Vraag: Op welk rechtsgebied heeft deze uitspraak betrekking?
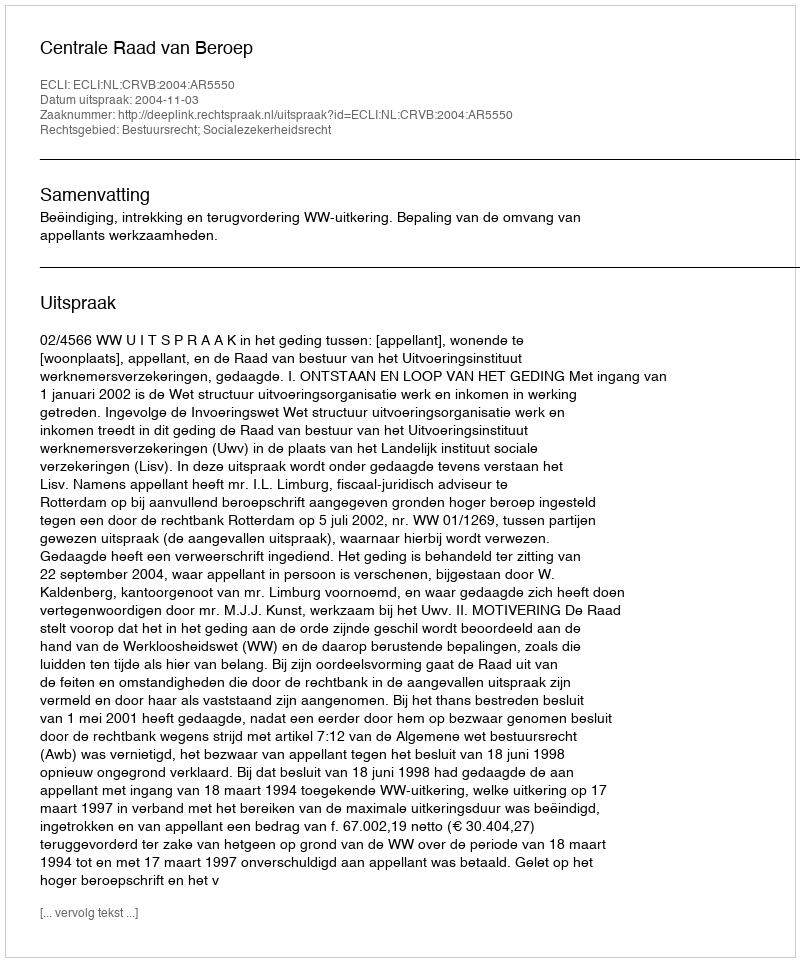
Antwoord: Bestuursrecht; Socialezekerheidsrecht